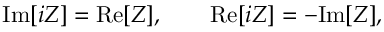
\mathrm { I m } [ i Z ] = \mathrm { R e } [ Z ] , \qquad \mathrm { R e } [ i Z ] = - \mathrm { I m } [ Z ] ,